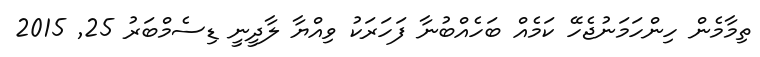
ތިމާމެން ހިންހަމަނުޖެހޭ ކަމެއް ބަހެއްބުނާ ފަހަރަކު ވިއްޔާ ލާދީނީ ޑިސެމްބަރު 25